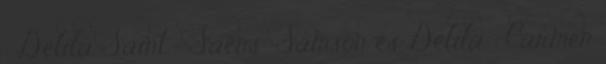
; Delila Saint- Saëns: Sámson és Delila ; Carmen